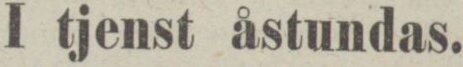
I tjenst åstundas.